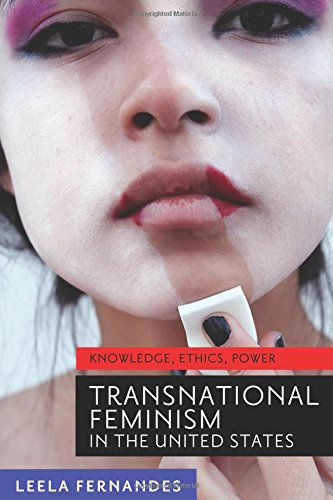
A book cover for Transnational Feminism in the United States: Knowledge, Ethics, Power; Leela Fernandes; Gay & Lesbian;